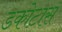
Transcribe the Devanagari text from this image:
डकोटास